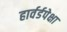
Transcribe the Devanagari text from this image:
हार्वर्डपेक्षा